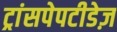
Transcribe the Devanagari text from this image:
ट्रांसपेपटीडेज़